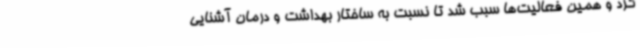
کرد و همین فعالیت‌ها سبب شد تا نسبت به ساختار بهداشت و درمان آشنایی